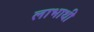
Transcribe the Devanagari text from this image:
लाभाथी